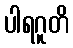
ပါရဂူတိ